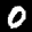
Label: 0